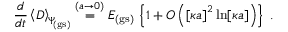
\frac { d } { d t } \left\langle D \right\rangle _ { \scriptstyle \! \Psi _ { \mathrm { \! { \scriptscriptstyle ( g s ) } } } } \stackrel { ( a \rightarrow 0 ) } { = } E _ { \mathrm { ( g s ) } } \, \left\{ 1 + O \left( \left[ \kappa a \right] ^ { 2 } \ln [ \kappa a ] \right) \right\} \; .